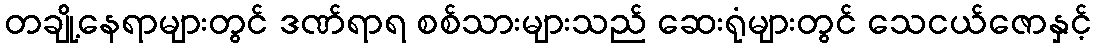
တချို့နေရာများတွင် ဒဏ်ရာရ စစ်သားများသည် ဆေးရုံများတွင် သေငယ်ဇောနှင့်